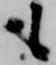
も